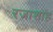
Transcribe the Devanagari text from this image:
रजाशाह